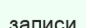
записи